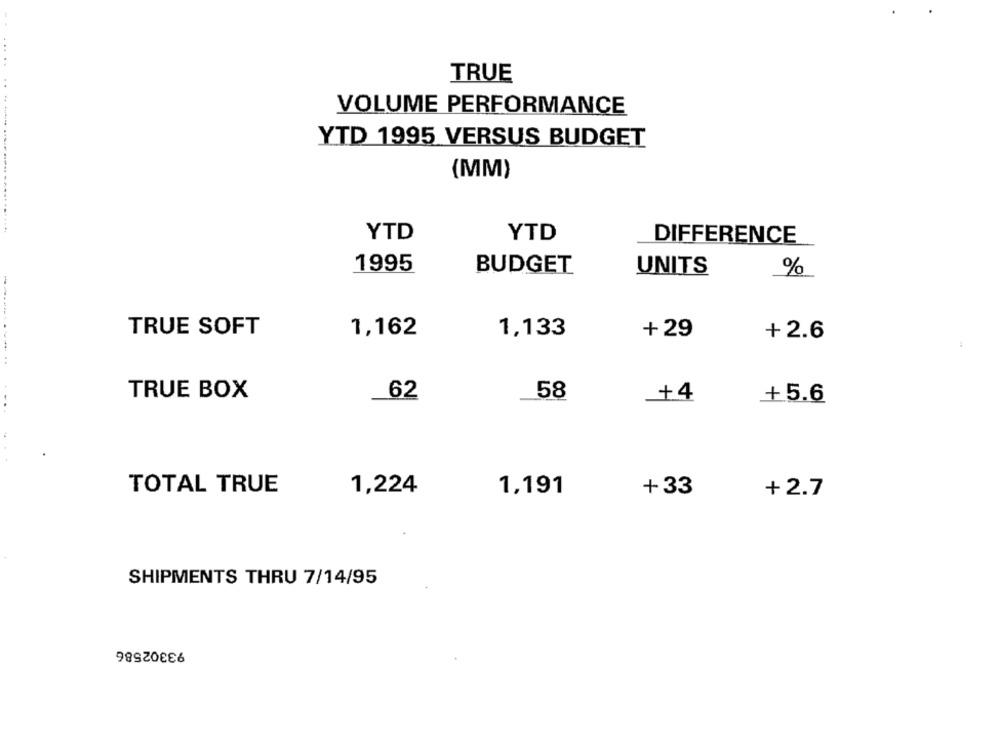
.....
TRUE
. .
VOLUME PERFORMANCE
YTD 1995 VERSUS BUDGET
(MM)
........ ..... ..... ....... ..
YTD
YTD
DIFFERENCE
1995
BUDGET
UNITS
%
TRUE SOFT
1,162
1,133
+ 29
+ 2.6
---------
TRUE BOX
62
58
+4
+5.6
TOTAL TRUE
1,224
1,191
+33
+ 2.7
SHIPMENTS THRU 7/14/95
93302586